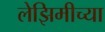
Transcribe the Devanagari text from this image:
लेझिमीच्या